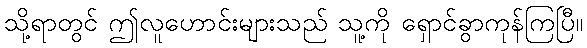
သို့ရာတွင် ဤလူဟောင်းများသည် သူ့ကို ရှောင်ခွာကုန်ကြပြီ။